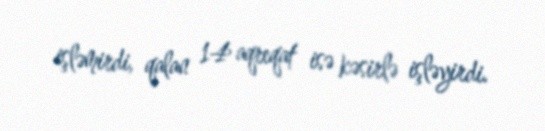
işləmirdi, qalan 14 aqreqat isə kəsirlə işləyirdi.